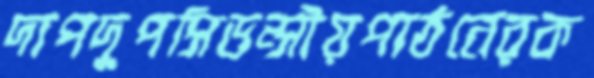
দাপদুপসিডন্সীয়পাঠনেরক